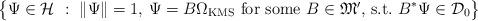
LaTeX: \begin{align*}\big\{\Psi\in{\mathcal H}\ :\ \|\Psi\|=1, \, \Psi = B\Omega_{\rm KMS} \mbox{\ for some $B\in{\mathfrak M}'$, s.t.\ } B^*\Psi\in{\mathcal D}_0\big\}\end{align*}